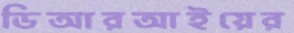
ডিআরআইয়ের